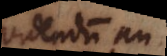
Videndum an